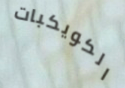
الكويكبات